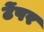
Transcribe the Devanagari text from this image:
टेंपर